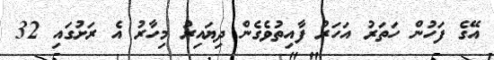
އޭގެ ފަހުން ހަތަރު އަހަރު ފާއިތުވެގެން ދިޔައިރު މިހާރު އެ ރަށުގައި 32